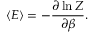
\langle E \rangle = - { \frac { \partial \ln Z } { \partial \beta } } .